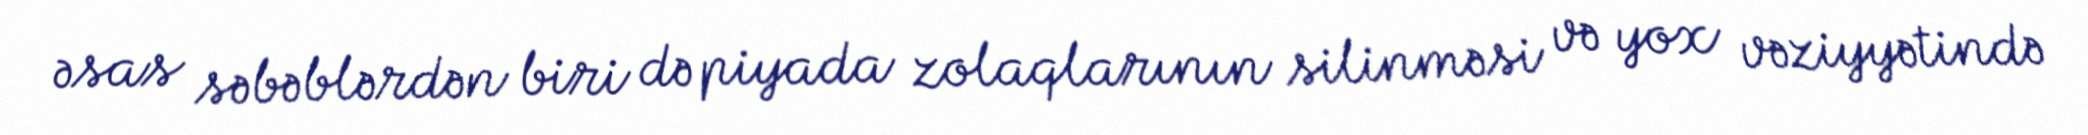
əsas səbəblərdən biri də piyada zolaqlarının silinməsi və yox vəziyyətində